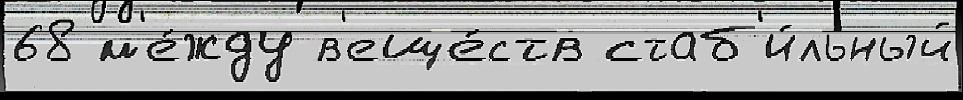
68 м'е́жду в'еще́ств стаб'и́льный